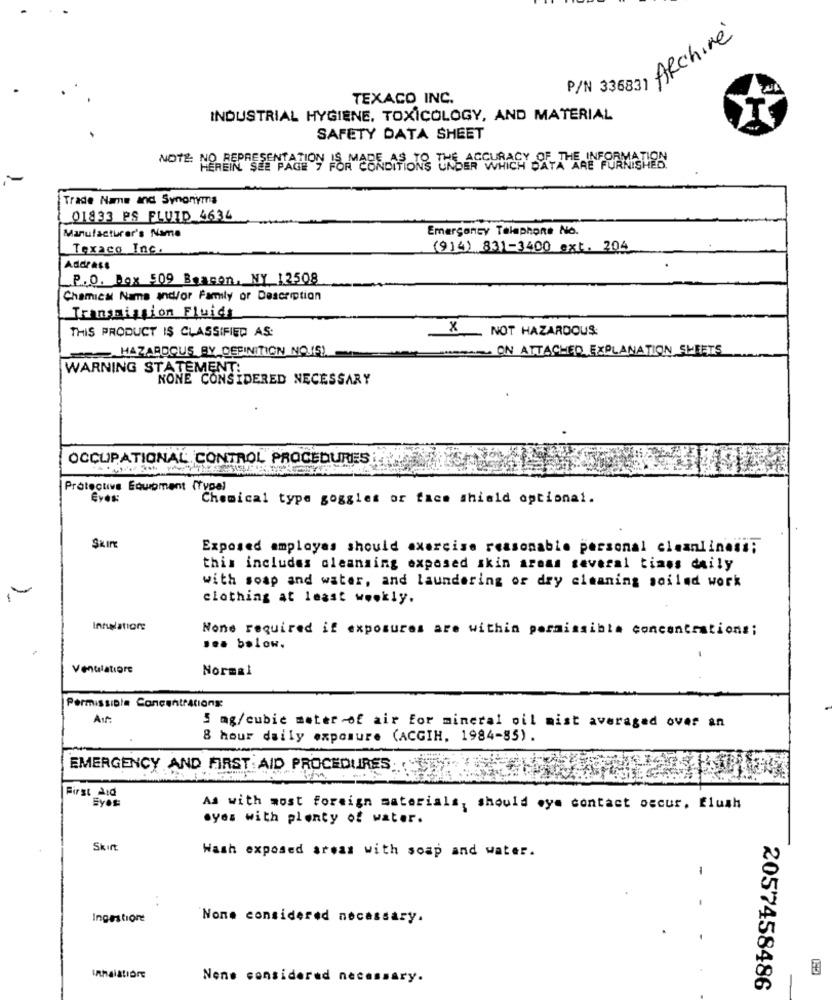
P/N 33683) ARchine
TEXACO INC.
INDUSTRIAL HYGIENE. TOXICOLOGY, AND MATERIAL
SAFETY DATA SHEET
Trade Name and Synonyma
01833 PS FLUID 4634
Emergency Telephone No.
Manufacturer's Name
Texaco Inc.
(914) 831-3400 ext. 204
Address
P.O. Box 509 Beacon, NY 12508
Chemical Name and/or Family or Description
Transmission Fluids
THIS PRODUCT IS CLASSIFIED AS:
x
NOT HAZARDOUS:
ABDOUS BY DEFINITION NO.15!
- ON ATTACHED EXPLANATION SHEETS
WARNING STATEMENT:
NONE CONSIDERED NECESSARY
OCCUPATIONAL CONTROL PROCEDURES
Protective Equipment (Type)
Eyes:
Chemical type goggles or face shield optional.
SKIPE
Exposed amployas should exercise reasonable personal cleanline##;
this includes cleansing exposed skin areas several times daily
with soap and water, and laundering of dry cleaning soiled work
clothing at least weekly.
Intulations
None required if exposures are within permissible concentrations;
... below.
Venulatiore
Normal
Permissible Concentrationg
Ast:
5 mg/cubic mater of air for mineral oil mist averaged over an
8 hour daily exposure (ACGIH, 1984-85).
EMERGENCY AND FIRST AID PROCEDURES ..
First aid
As with most foreign materials, should eye contact occur. flush
.yes with plenty of water.
Skift
Wash exposed areas with soap and water.
..
Ingestione
None considered necessary.
Nene considered necessary.
2057458486